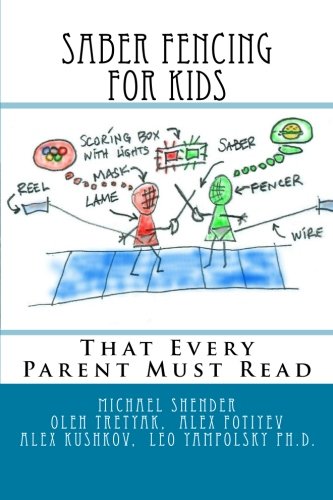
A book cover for Saber Fencing  for Kids: That Every Parent Must Read; Michael Shender; Sports & Outdoors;